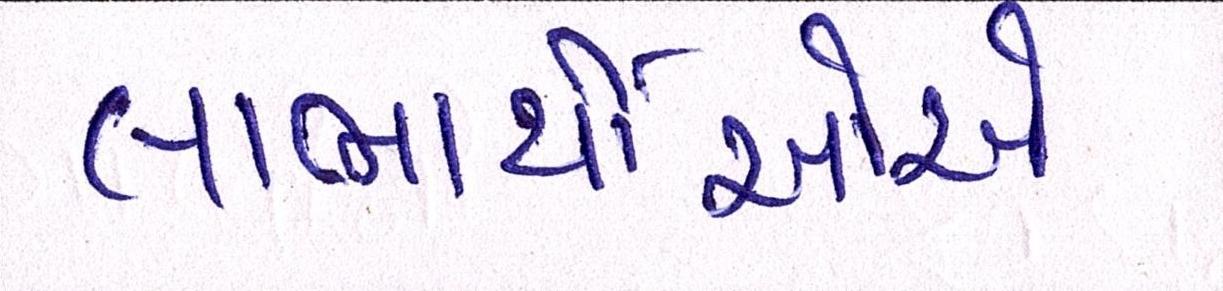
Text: લાભાર્થીઓએ